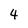
Character: 4